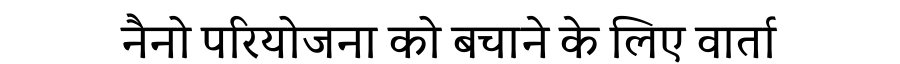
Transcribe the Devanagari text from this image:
नैनो परियोजना को बचाने के लिए वार्ता